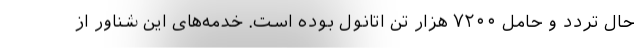
حال تردد و حامل ۷۲۰۰ هزار تن اتانول بوده است. خدمه‌های این شناور از